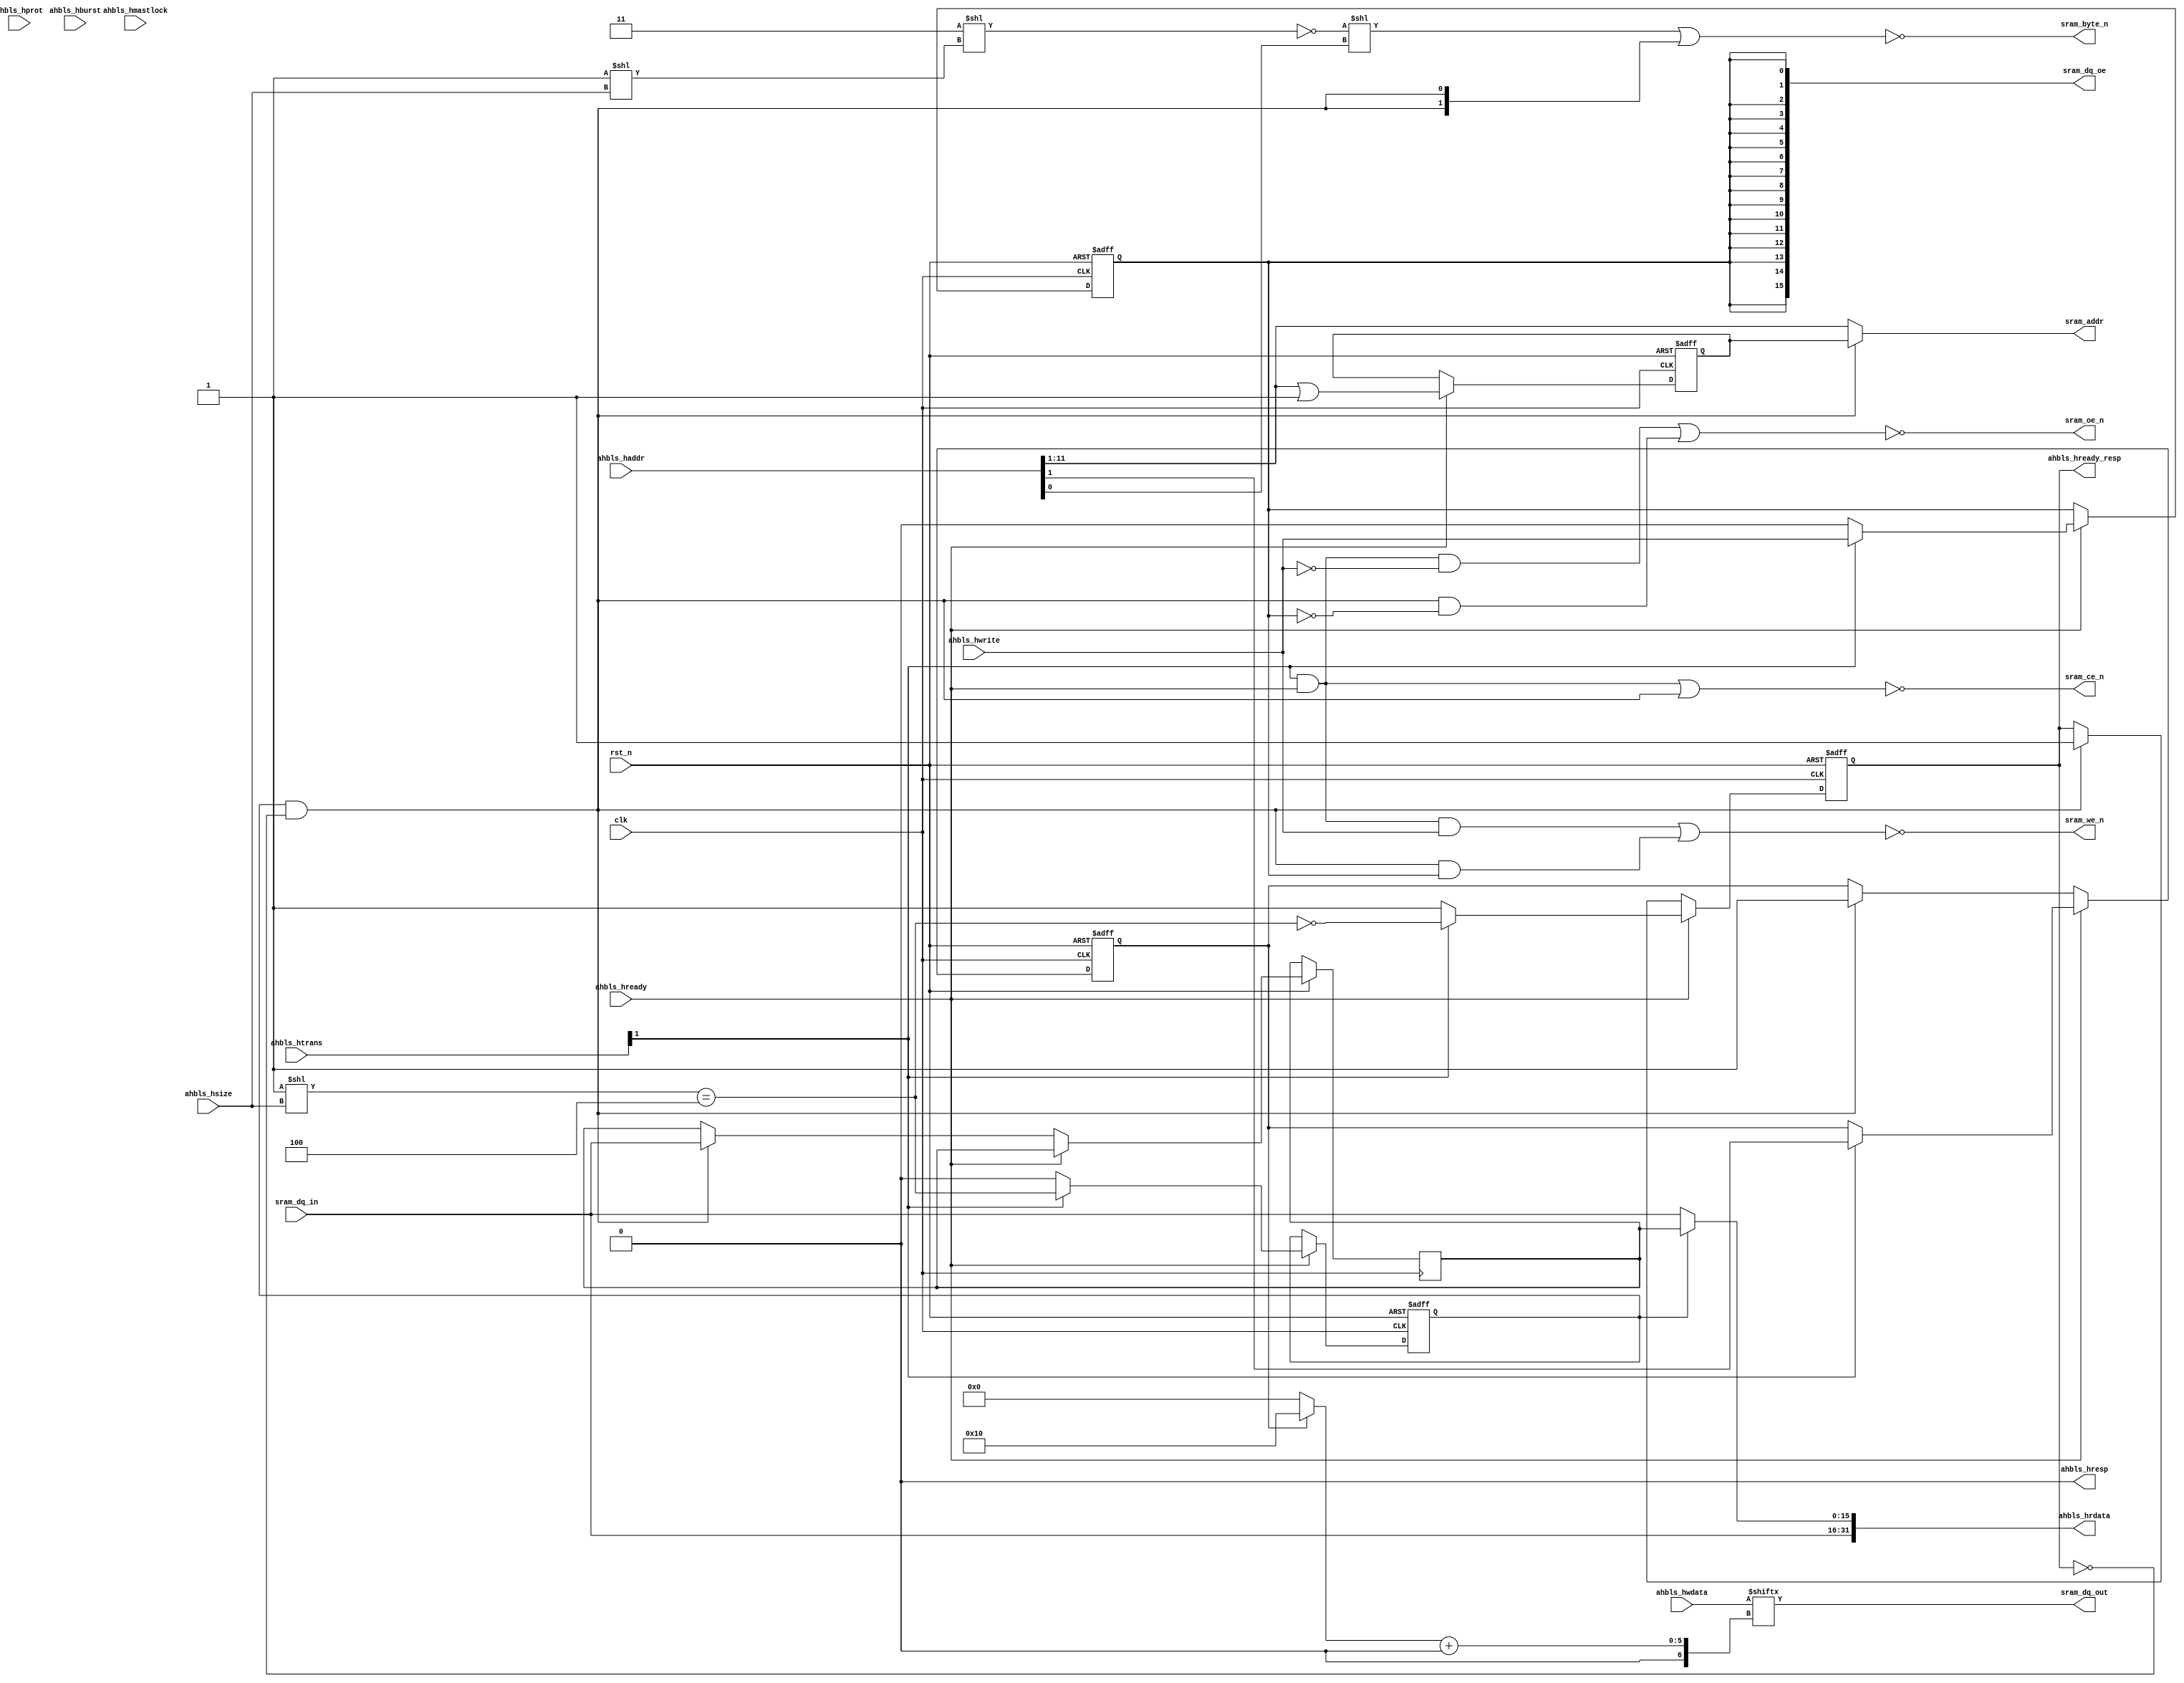
// Adapt AHB bus to an async SRAM with half width.
// Feels like there is a loss of generality/parameterisation here,
// but for RISCBoy there is some scope to do e.g. double-pumped reads
// to improve performance, so makes sense to have a special-case
// half-width-only controller to inject these.

// Size of memory is DEPTH * W_SRAM_DATA

`default_nettype none

module ahb_async_sram_halfwidth #(
	parameter W_DATA = 32,
	parameter W_ADDR = 32,
	parameter DEPTH = 1 << 11,
	parameter W_SRAM_ADDR = $clog2(DEPTH), // Let this default
	parameter W_SRAM_DATA = W_DATA / 2     // Let this default
) (
	// Globals
	input wire                      clk,
	input wire                      rst_n,

	// AHB lite slave interface
	output wire                     ahbls_hready_resp,
	input  wire                     ahbls_hready,
	output wire                     ahbls_hresp,
	input  wire [W_ADDR-1:0]        ahbls_haddr,
	input  wire                     ahbls_hwrite,
	input  wire [1:0]               ahbls_htrans,
	input  wire [2:0]               ahbls_hsize,
	input  wire [2:0]               ahbls_hburst,
	input  wire [3:0]               ahbls_hprot,
	input  wire                     ahbls_hmastlock,
	input  wire [W_DATA-1:0]        ahbls_hwdata,
	output wire [W_DATA-1:0]        ahbls_hrdata,

	output wire [W_SRAM_ADDR-1:0]   sram_addr,
	output wire [W_SRAM_DATA-1:0]   sram_dq_out,
	output wire [W_SRAM_DATA-1:0]   sram_dq_oe,
	input  wire [W_SRAM_DATA-1:0]   sram_dq_in,
	output wire                     sram_ce_n,
	output wire                     sram_we_n, // DDR output
	output wire                     sram_oe_n,
	output wire [W_SRAM_DATA/8-1:0] sram_byte_n
);

parameter W_BYTEADDR = $clog2(W_SRAM_DATA / 8);

assign ahbls_hresp = 1'b0;

reg hready_r;
reg long_dphase;
reg write_dph;
reg read_dph;
reg addr_lsb;

// AHBL decode and muxing

wire [W_SRAM_DATA/8-1:0] bytemask_noshift = ~({W_SRAM_DATA/8{1'b1}} << (8'h1 << ahbls_hsize));
wire [W_SRAM_DATA/8-1:0] bytemask_aph = bytemask_noshift << ahbls_haddr[W_BYTEADDR-1:0];
wire aphase_full_width = (8'h1 << ahbls_hsize) == W_DATA / 8; // indicates next dphase will be long

wire [W_SRAM_DATA-1:0] sram_rdata;
wire [W_SRAM_DATA-1:0] sram_wdata = ahbls_hwdata[(addr_lsb ? W_SRAM_DATA : 0) +: W_SRAM_DATA];
reg  [W_SRAM_DATA-1:0] rdata_buf;
assign ahbls_hrdata = {sram_rdata, long_dphase ? rdata_buf : sram_rdata};

assign ahbls_hready_resp = hready_r;

// AHBL state machine

always @ (posedge clk or negedge rst_n) begin
	if (!rst_n) begin
		hready_r <= 1'b1;
		long_dphase <= 1'b0;
		write_dph <= 1'b0;
		read_dph <= 1'b0;
		addr_lsb <= 1'b0;
	end else if (ahbls_hready) begin
		if (ahbls_htrans[1]) begin
			long_dphase <= aphase_full_width;
			hready_r <= !aphase_full_width;
			write_dph <= ahbls_hwrite;
			read_dph <= !ahbls_hwrite;
			addr_lsb <= ahbls_haddr[W_BYTEADDR];
		end	else begin
			write_dph <= 1'b0;
			long_dphase <= 1'b0;
			read_dph <= 1'b0;
			hready_r <= 1'b1;
		end
	end else if (long_dphase && !hready_r) begin
		rdata_buf <= sram_rdata;
		hready_r <= 1'b1;
		addr_lsb <= 1'b1;
	end
end

// SRAM PHY hookup

wire ce_aph = ahbls_htrans[1] && ahbls_hready;
wire ce_dph = long_dphase && !hready_r;

reg [W_SRAM_ADDR-1:0] addr_dph;
always @ (posedge clk or negedge rst_n) begin
	if (!rst_n) begin
		addr_dph <= {W_SRAM_ADDR{1'b0}};
	end else if (ahbls_hready) begin
		addr_dph <= ahbls_haddr[W_BYTEADDR +: W_SRAM_ADDR] | {{W_SRAM_ADDR-1{1'b0}}, 1'b1};
	end
end

assign sram_ce_n   = !( ce_aph                   ||  ce_dph               );
assign sram_we_n   = !((ce_aph &&  ahbls_hwrite) || (ce_dph &&  write_dph));
assign sram_oe_n   = !((ce_aph && !ahbls_hwrite) || (ce_dph && !write_dph));

assign sram_addr   = ce_dph ? addr_dph : ahbls_haddr[W_BYTEADDR +: W_SRAM_ADDR];
assign sram_byte_n = ~(bytemask_aph | {W_SRAM_DATA/8{ce_dph}});

assign sram_rdata  = sram_dq_in;
assign sram_dq_out = sram_wdata;
`ifdef FPGA_ICE40
// Output registers are built into pad (relies on the negedge trick for DQ wdata)
assign sram_dq_oe  = {W_SRAM_DATA{!sram_we_n}};
`else
// No output registers on DQ
assign sram_dq_oe  = {W_SRAM_DATA{write_dph}};
`endif
endmodule

`ifndef YOSYS
`default_nettype wire
`endif